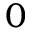
0